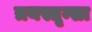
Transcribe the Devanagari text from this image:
त्रयस्तृन्सा